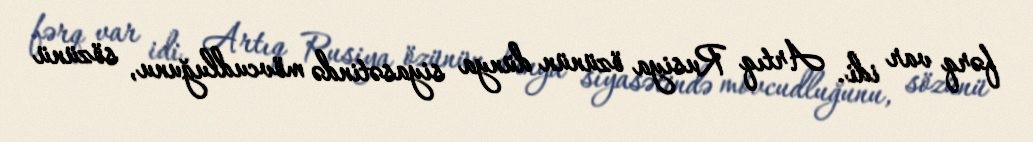
fərq var idi. Artıq Rusiya özünün dünya siyasətində mövcudluğunu, sözünü